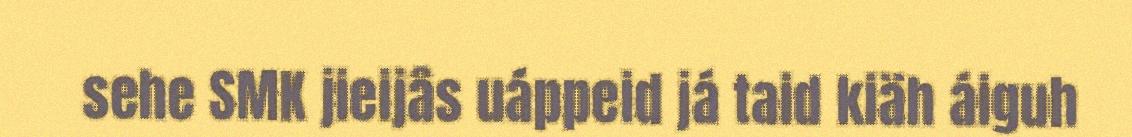
sehe SMK jieijâs uáppeid já taid kiäh áiguh